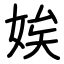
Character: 娭